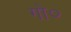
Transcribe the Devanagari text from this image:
गो०